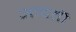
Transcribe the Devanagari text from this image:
आदतॊं